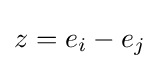
z=e_{i}-e_{j}